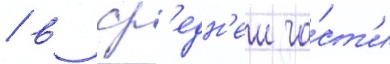
/ в ср'едн'еи ча́ст'и